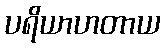
ပရိယာဟတာယ